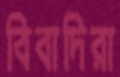
বিবাদিরা